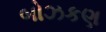
બોઝકણ